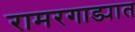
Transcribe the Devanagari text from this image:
रामरगाड्यात